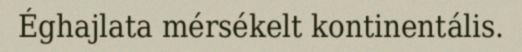
Éghajlata mérsékelt kontinentális.